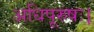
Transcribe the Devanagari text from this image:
अधिपूरुषः।